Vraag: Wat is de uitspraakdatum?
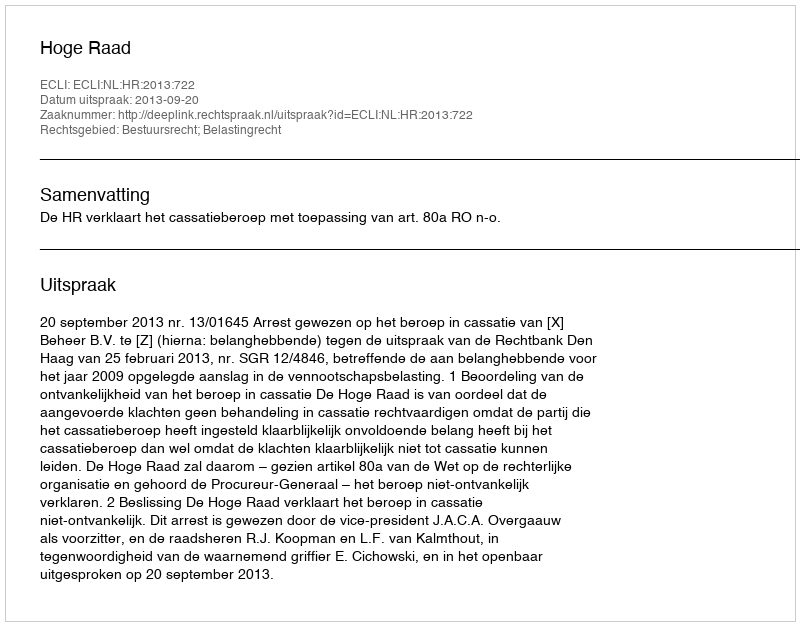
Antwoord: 2013-09-20